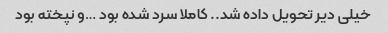
خیلی دیر تحویل داده شد.. کاملا سرد شده بود …و نپخته بود